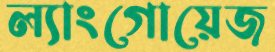
ল্যাংগোয়েজ